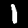
Digit: 1